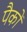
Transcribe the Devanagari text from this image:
पैकों